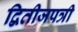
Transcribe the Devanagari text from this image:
द्वितीजपत्री